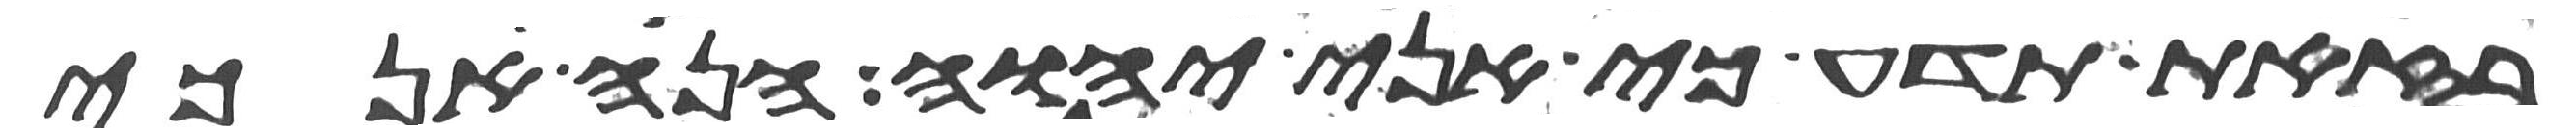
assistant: בזאת תדע כי אני יהוה הנה אנכי